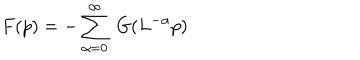
F ( p ) = - \sum _ { \alpha = 0 } ^ { \infty } \; G ( L ^ { - \alpha } p )